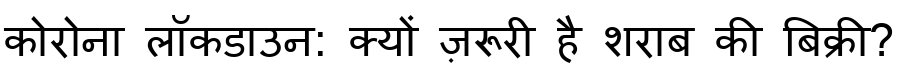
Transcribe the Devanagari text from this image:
कोरोना लॉकडाउन: क्यों ज़रूरी है शराब की बिक्री?